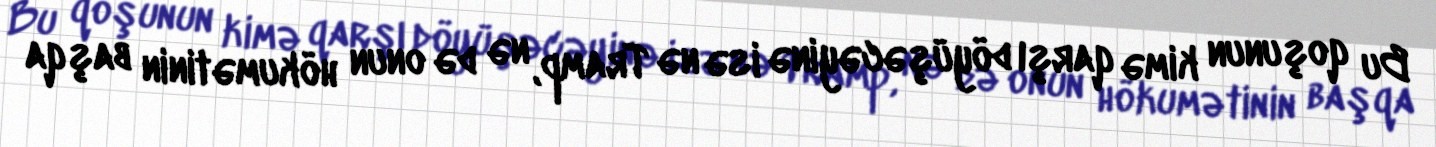
Bu qoşunun kimə qarşı döyüşəcəyinə isə nə Tramp, nə də onun hökumətinin başqa